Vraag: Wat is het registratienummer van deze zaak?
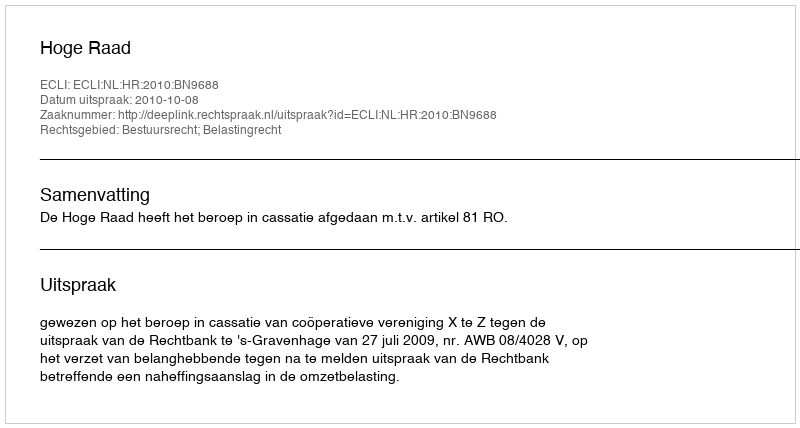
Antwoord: http://deeplink.rechtspraak.nl/uitspraak?id=ECLI:NL:HR:2010:BN9688